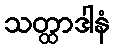
သတ္ထာဒါနံ